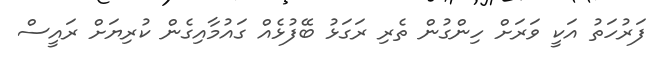
ފަރުހަތު އަކީ ވަރަށް ހިންގުން ތެރި ރަގަޅު ބޭފުޅެއް ގައުމާއިގެން ކުރިޔަށް ރައީސް